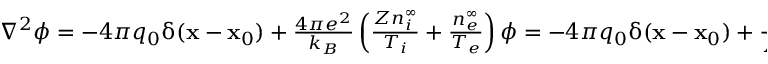
\begin{array} { r } { \nabla ^ { 2 } \phi = - 4 \pi q _ { 0 } \updelta ( \mathbf { x } - \mathbf { x } _ { 0 } ) + \frac { 4 \pi e ^ { 2 } } { k _ { B } } \left( \frac { Z n _ { i } ^ { \infty } } { T _ { i } } + \frac { n _ { e } ^ { \infty } } { T _ { e } } \right) \phi = - 4 \pi q _ { 0 } \updelta ( \mathbf { x } - \mathbf { x } _ { 0 } ) + \frac { \phi } { \lambda _ { D } ^ { 2 } } , } \end{array}